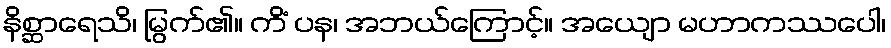
နိစ္ဆာရေသိ၊ မြွက်၏။ ကိံ ပန၊ အဘယ်ကြောင့်။ အယျော မဟာကဿပေါ၊